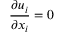
\frac { \partial u _ { i } } { \partial x _ { i } } = 0